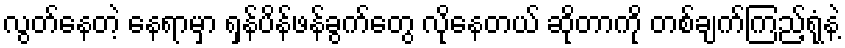
လွတ်နေတဲ့ နေရာမှာ ရှန်ပိန်ဖန်ခွက်တွေ လိုနေတယ် ဆိုတာကို တစ်ချက်ကြည့်ရုံနဲ့